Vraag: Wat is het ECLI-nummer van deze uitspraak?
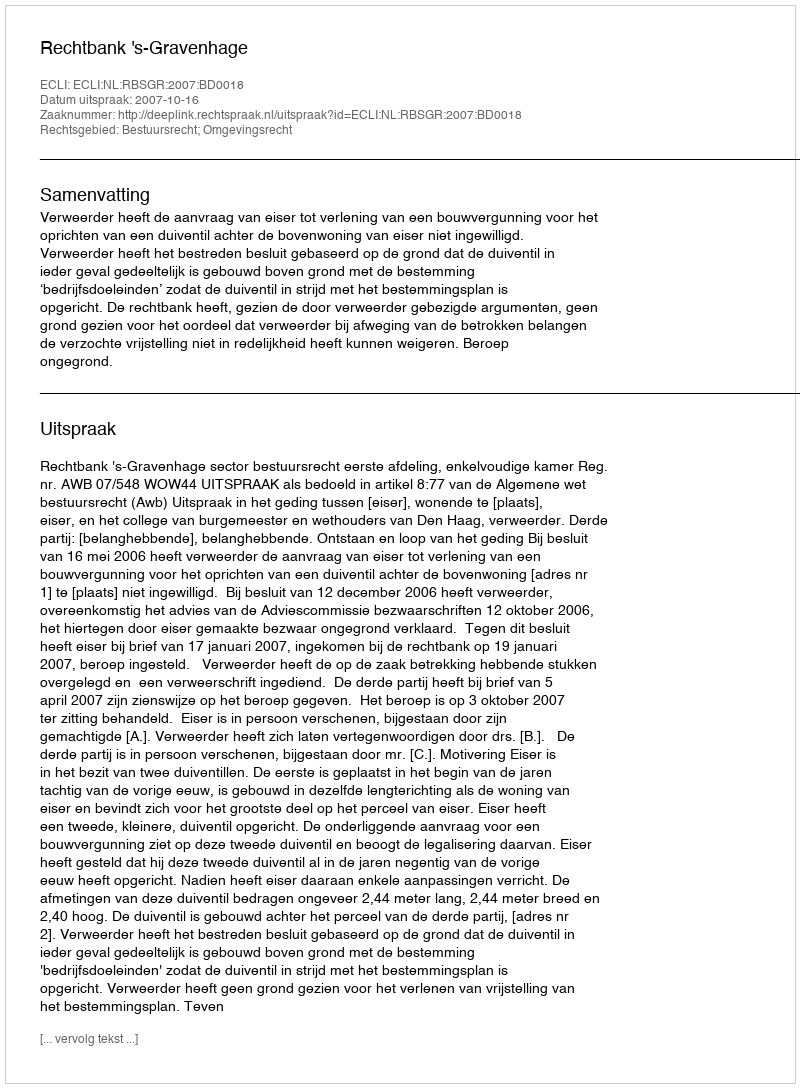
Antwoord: ECLI:NL:RBSGR:2007:BD0018